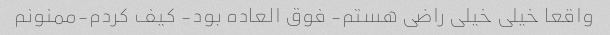
واقعا خیلی خیلی راضی هستم- فوق العاده بود- کیف کردم-ممنونم